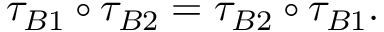
\tau _ { B 1 } \circ \tau _ { B 2 } = \tau _ { B 2 } \circ \tau _ { B 1 } .